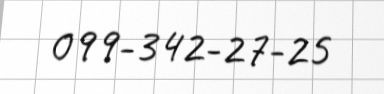
099-342-27-25